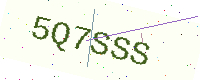
Text: 5Q7SSS